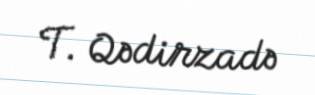
T. Qədirzadə